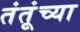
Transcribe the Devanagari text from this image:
तंतूंच्या